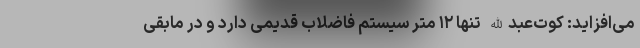
می‌افزاید: کوت‌عبدالله تنها ۱۲ متر سیستم فاضلاب قدیمی دارد و در مابقی